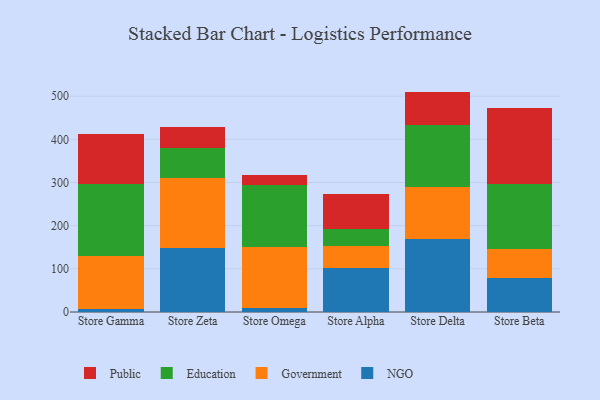
{"axis": {"x": "Store", "y": "Waste Production (Tons)"}, "legend": ["Education", "Government", "NGO", "Public"], "data": [{"x": "Store Gamma", "y": 7.0, "type": "NGO"}, {"x": "Store Gamma", "y": 122.3, "type": "Government"}, {"x": "Store Gamma", "y": 168.1, "type": "Education"}, {"x": "Store Gamma", "y": 115.1, "type": "Public"}, {"x": "Store Zeta", "y": 148.1, "type": "NGO"}, {"x": "Store Zeta", "y": 161.9, "type": "Government"}, {"x": "Store Zeta", "y": 68.8, "type": "Education"}, {"x": "Store Zeta", "y": 50.9, "type": "Public"}, {"x": "Store Omega", "y": 9.2, "type": "NGO"}, {"x": "Store Omega", "y": 142.3, "type": "Government"}, {"x": "Store Omega", "y": 142.3, "type": "Education"}, {"x": "Store Omega", "y": 23.5, "type": "Public"}, {"x": "Store Alpha", "y": 102.1, "type": "NGO"}, {"x": "Store Alpha", "y": 50.6, "type": "Government"}, {"x": "Store Alpha", "y": 38.6, "type": "Education"}, {"x": "Store Alpha", "y": 82.4, "type": "Public"}, {"x": "Store Delta", "y": 170.1, "type": "NGO"}, {"x": "Store Delta", "y": 120.3, "type": "Government"}, {"x": "Store Delta", "y": 143.1, "type": "Education"}, {"x": "Store Delta", "y": 77.1, "type": "Public"}, {"x": "Store Beta", "y": 78.2, "type": "NGO"}, {"x": "Store Beta", "y": 66.9, "type": "Government"}, {"x": "Store Beta", "y": 151.2, "type": "Education"}, {"x": "Store Beta", "y": 176.1, "type": "Public"}]}